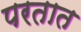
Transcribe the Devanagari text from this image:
परतात